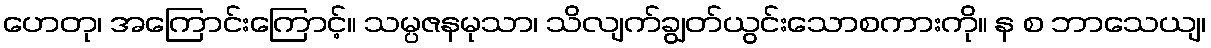
ဟေတု၊ အကြောင်းကြောင့်။ သမ္ပဇနမုသာ၊ သိလျက်ချွတ်ယွင်းသောစကားကို။ န စ ဘာသေယျ၊